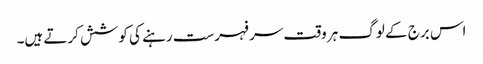
اس برج کے لوگ ہر وقت سر فہرست رہنے کی کوشش کرتے ہیں۔